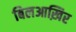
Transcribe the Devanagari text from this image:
बिलआख़िर